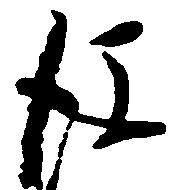
後